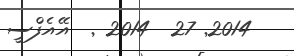
2014